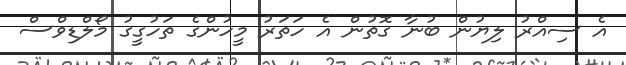
އެ ސިއްރު ލިޔުން ބުނާ ގޮތުން އެ ހަތަރު މީހުންގެ ތަހުގީގު މޯލްޑިވްސް